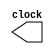
`timescale 1ns/100ps
/* Mdulo gerador do clocl*/
module clock_gen(clock);
output reg clock;
initial 
    #5 clock = 1;
always 
    #50 clock = ~clock;

endmodule